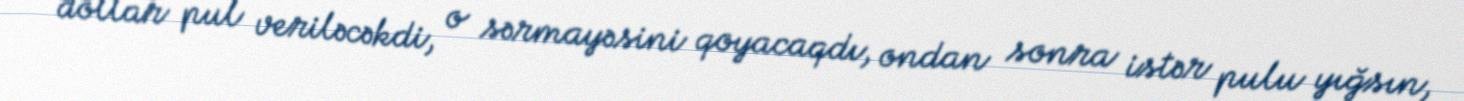
dollar pul veriləcəkdi, o sərmayəsini qoyacaqdı, ondan sonra istər pulu yığsın,